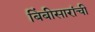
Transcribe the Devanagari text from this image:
बिंबीसारांची